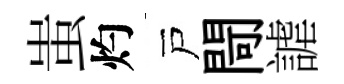
蚩灼戸閜謔